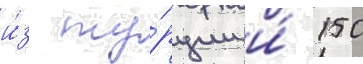
и́з ту́рции и́ 150